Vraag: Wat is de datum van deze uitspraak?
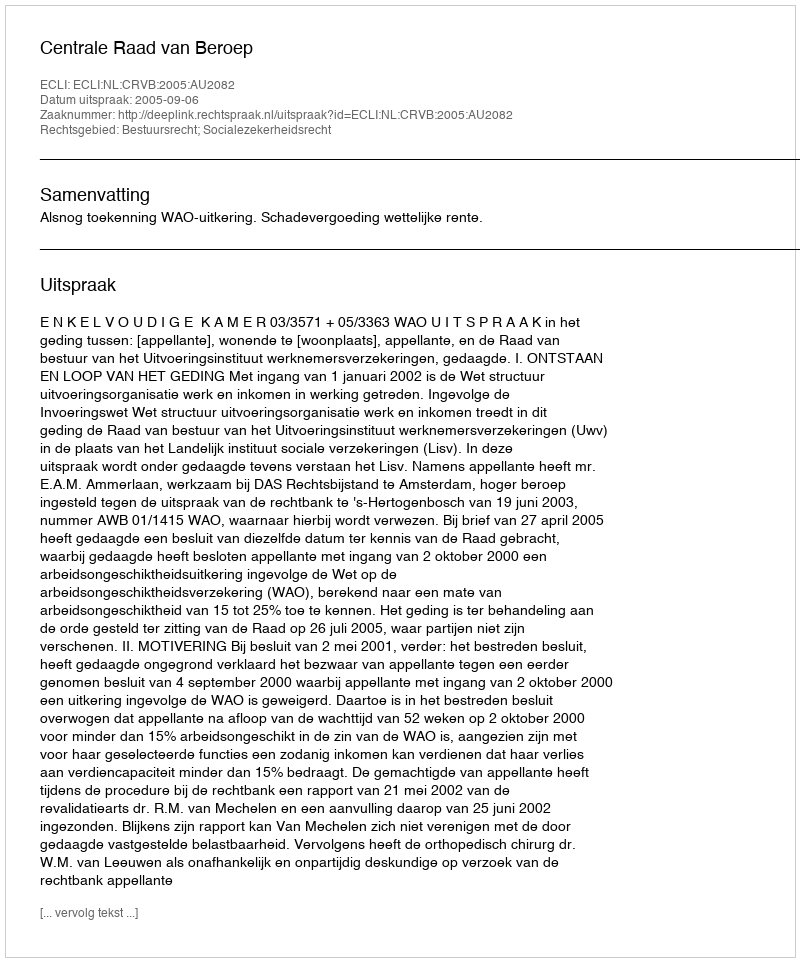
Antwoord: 2005-09-06